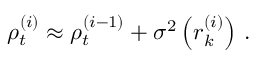
{ \rho } _ { t } ^ { ( i ) } \approx \rho _ { t } ^ { ( i - 1 ) } + \sigma ^ { 2 } \left( r _ { k } ^ { ( i ) } \right) \, .